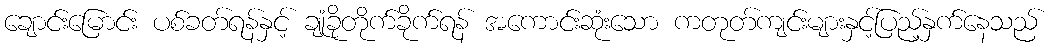
ချောင်းမြောင်း ပစ်ခတ်ရန်နှင့် ချုံခိုတိုက်ခိုက်ရန် အကောင်းဆုံးသော ကတုတ်ကျင်းများနှင့်ပြည့်နှက်နေသည်